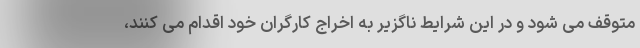
متوقف می شود و در این شرایط ناگزیر به اخراج کارگران خود اقدام می کنند،